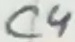
Text: C4